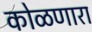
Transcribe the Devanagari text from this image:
कोळणारा